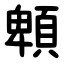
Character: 䫌